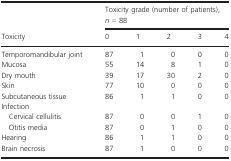
|  | <COLSPAN=5> Toxicity grade (number of patients), n = 88 |
 | Toxicity | 0 | 1 | 2 | 3 | 4 |
 | --- | --- | --- | --- | --- | --- |
 | Temporomandibular joint | 87 | 1 | 0 | 0 | 0 |
 | Mucosa | 55 | 14 | 8 | 1 | 0 |
 | Dry mouth | 39 | 17 | 30 | 2 | 0 |
 | Skin | 77 | 10 | 0 | 0 | 0 |
 | Subcutaneous tissue | 86 | 1 | 1 | 0 | 0 |
 | <COLSPAN=6> Infection |
 | Cervical cellulitis | 87 | 0 | 0 | 1 | 0 |
 | Otitis media | 87 | 0 | 1 | 0 | 0 |
 | Hearing | 86 | 1 | 1 | 0 | 0 |
 | Brain necrosis | 87 | 1 | 0 | 0 | 0 |